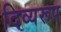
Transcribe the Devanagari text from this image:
दिव्यरूप